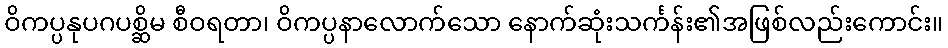
ဝိကပ္ပနုပဂပစ္ဆိမ စီဝရတာ၊ ဝိကပ္ပနာလောက်သော နောက်ဆုံးသင်္ကန်း၏အဖြစ်လည်းကောင်း။